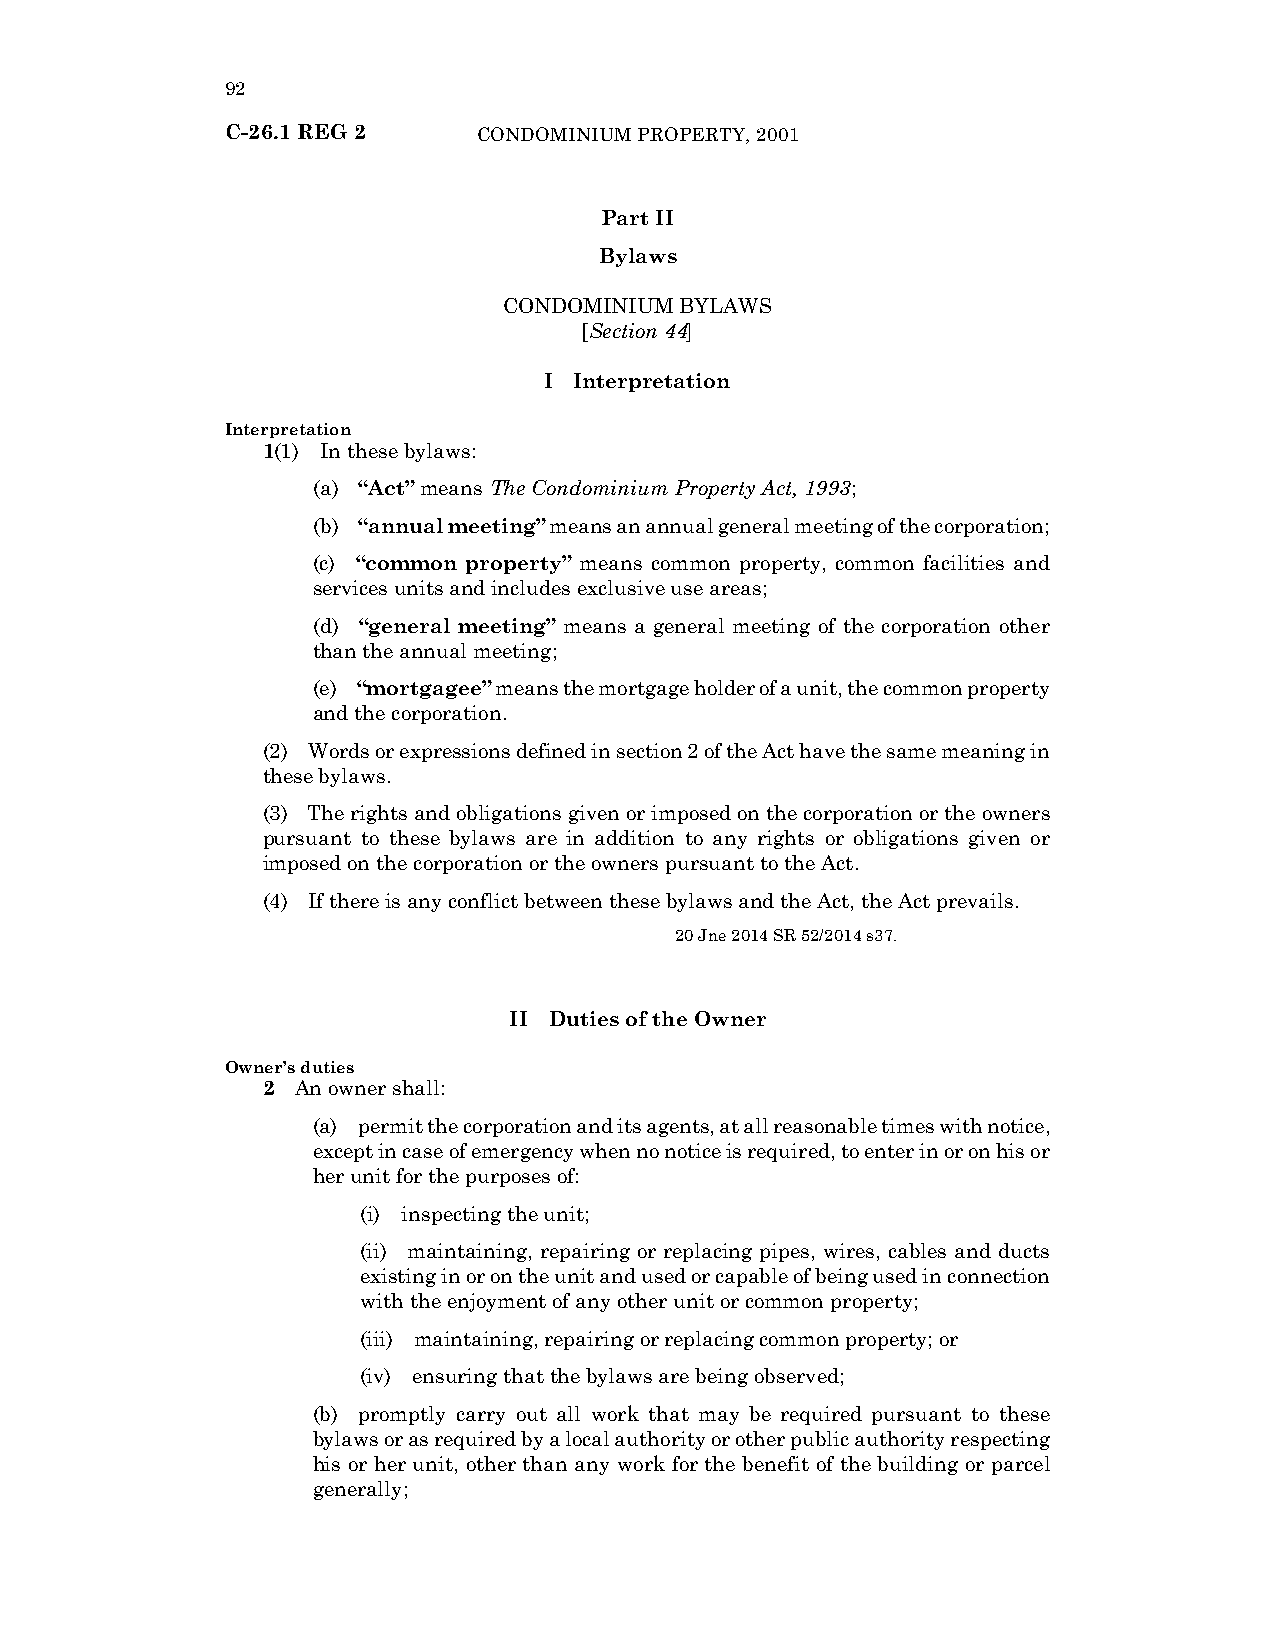
92
 C-26.1 REG 2     CONDOMINIUM PROPERTY, 2001
 Part II
 Bylaws
 CONDOMINIUM BYLAWS
 [Section 44]
 I Interpretation
 Interpretation
 1(1) In these bylaws:
 (a) “Act” means The Condominium Property Act, 1993;
 (b) “annual meeting” means an annual general meeting of the corporation;
 (c) “common property” means common property, common facilities and
 services units and includes exclusive use areas;
 (d) “general meeting” means a general meeting of the corporation other
 than the annual meeting;
 (e) “mortgagee” means the mortgage holder of a unit, the common property
 and the corporation.
 (2) Words or expressions defined in section 2 of the Act have the same meaning in
 these bylaws.
 (3) The rights and obligations given or imposed on the corporation or the owners
 pursuant to these bylaws are in addition to any rights or obligations given or
 imposed on the corporation or the owners pursuant to the Act.
 (4) If there is any conflict between these bylaws and the Act, the Act prevails.
 20 Jne 2014 SR 52/2014 s37.
 II Duties of the Owner
 Owner’s duties
 2  An owner shall:
 (a) permit the corporation and its agents, at all reasonable times with notice,
 except in case of emergency when no notice is required, to enter in or on his or
 her unit for the purposes of:
 (i) inspecting the unit;
 (ii) maintaining, repairing or replacing pipes, wires, cables and ducts
 existing in or on the unit and used or capable of being used in connection
 with the enjoyment of any other unit or common property;
 (iii) maintaining, repairing or replacing common property; or
 (iv) ensuring that the bylaws are being observed;
 (b) promptly carry out all work that may be required pursuant to these
 bylaws or as required by a local authority or other public authority respecting
 his or her unit, other than any work for the benefit of the building or parcel
 generally;